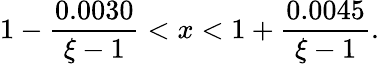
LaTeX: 1-{\frac{0.0030}{\xi-1}}<x<1+{\frac{0.0045}{\xi-1}}.